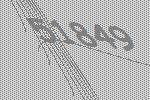
51849